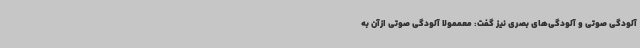
آلودگی صوتی و آلودگی‌های بصری نیز گفت: معممولا آلودگی صوتی ازآن به